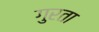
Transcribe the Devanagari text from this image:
गुरता